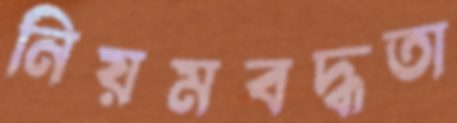
নিয়মবদ্ধতা